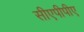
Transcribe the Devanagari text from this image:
सीएपीपीए